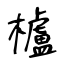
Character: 櫨